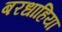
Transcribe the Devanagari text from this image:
बरधाहिया